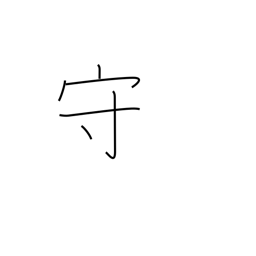
Meaning: defend